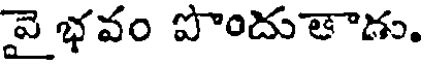
వై భవం పొందుతాడు.